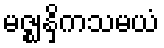
မဇ္ဈနှိကသမယံ